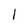
Character: l